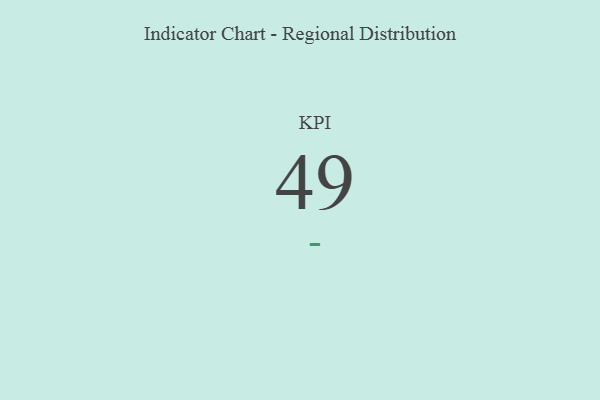
{"axis": {"x": "KPI", "y": "Value"}, "legend": [""], "data": [{"x": "KPI", "y": 49, "type": ""}]}